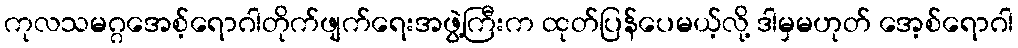
ကုလသမဂ္ဂအေစ့်ရောဂါတိုက်ဖျက်ရေးအဖွဲ့ကြီးက ထုတ်ပြန်ပေမယ့်လို့ ဒါမှမဟုတ် အေ့စ်ရောဂါ